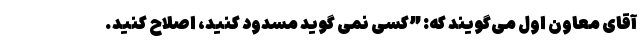
آقای معاون اول می‌گویند که: ”کسی نمی گوید مسدود کنید، اصلاح کنید.